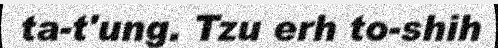
ta-t'ung. Tzu erh to-shih